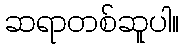
ဆရာတစ်ဆူပါ။